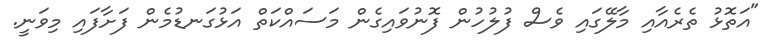
"އަތޮޅު ތެރެއާއި މާލޭގައި ވެސް ފުލުހުން ފޮނުވައިގެން މަސައްކަތް އަޅުގަނޑުމެން ފަށާފައި މިވަނީ.